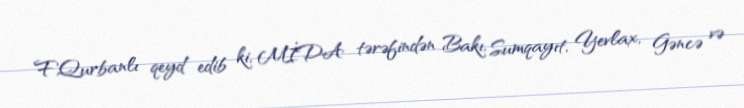
F.Qurbanlı qeyd edib ki, MİDA tərəfindən Bakı, Sumqayıt, Yevlax, Gəncə və